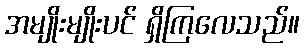
အမျိုးမျိုးပင် ရှိကြလေသည်။